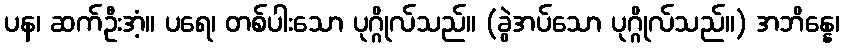
ပန၊ ဆက်ဦးအံ့။ ပရေ၊ တစ်ပါးသော ပုဂ္ဂိုလ်သည်။ (ခွဲအပ်သော ပုဂ္ဂိုလ်သည်။) အဘိန္နေ၊